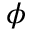
\phi